Regulations for the medical services of the Army of India
Year: 1930
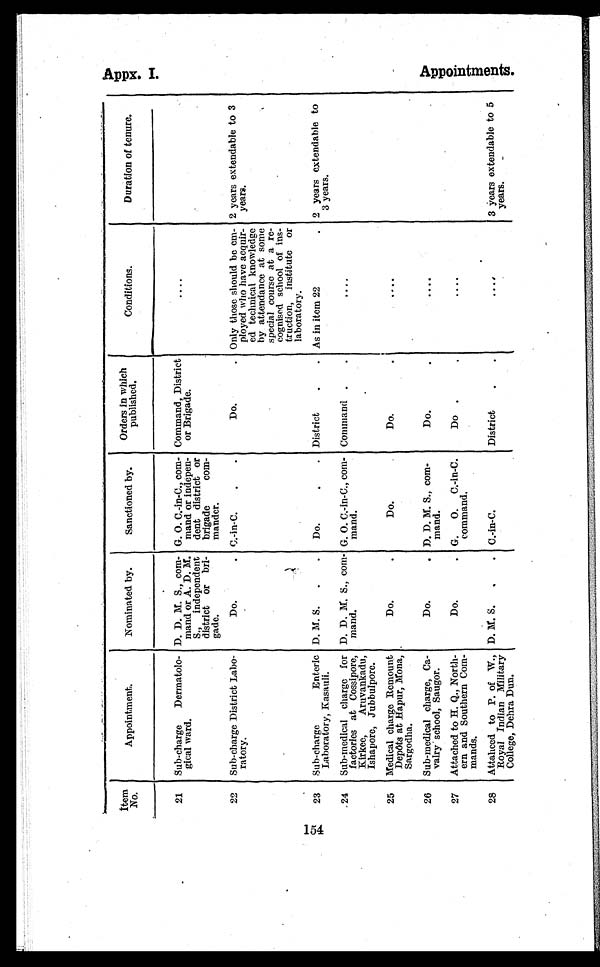
I t e m N o .
Appointment.
Nominated by.
Sanctioned by.
Orders in which
published.
Conditions.
Duration of tenure.
21
Sub-charge Dermatolo
¬gical ward.
D. D. M. S., co
m¬mand or A. D. M.
S., independent
district or bri
¬gade.
G. O. C.-in-C., co
m¬mand or indepen
¬dent district or
brigade co
m¬mander.
Command, District
or Brigade.
....
22
Sub-charge District Labo
¬ratory.
Do.. C.-in-C. .
Do.. Only those should be em
¬ployed who have acquir
¬ed technical knowledge
by attendance at some
special course at a re
¬cognised school of ins
¬truction, institute or
laboratory.
2 years extendable to 3
years.
23
Sub-charge Enteric
Laboratory, Kasauli.
D. M. S. ..
Do.. District. As in item 22. 2 years extendable to
3 years.
24
Sub-medical charge for
factories at Cossipore,
Kirkee, Aruvankadu,
Ishapore, Jubbulpore.
D. D. M. S., co
m¬mand.
G. O. C.-in-C., co
m¬mand.
Command.
.
. . . .
25
Medical charge Remount
Depôts at Hapur, Mona,
Sargodha.
Do..
Do.
Do..
. . . .
26
Sub-medical charge, Ca
¬valry school, Saugor.
Do.. D. D. M. S., co
m¬mand.
Do..
. . . .
27
Attached to H. Q., North
¬ern and Southern Co
m¬mands.
Do.. G. O. C.-in-C.
command.
D o . .
. . . .
28
Attahced to P. of W.,
Royal Indian Military
College, Dehra Dun.
D. M. S ... C.-in-C.
District . .
. . . .
3 years extendable to 5
years.
-
Appx. I.
Appoi ntments.